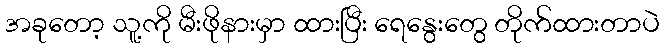
အခုတော့ သူ့ကို မီးဖိုနားမှာ ထားပြီး ရေနွေးတွေ တိုက်ထားတာပဲ